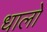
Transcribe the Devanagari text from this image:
धालों